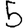
Digit: 5